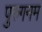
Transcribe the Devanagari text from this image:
पुरुगनम